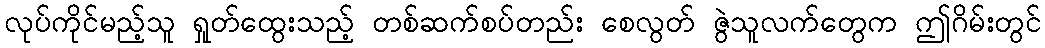
လုပ်ကိုင်မည့်သူ ရှုတ်ထွေးသည့် တစ်ဆက်စပ်တည်း စေလွတ် ဇွဲသူလက်တွေက ဤဂိမ်းတွင်